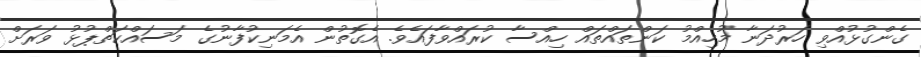
ގެންގުޅުއްވި ހަރުދަނާ މުހިއްމު ކަންތައްތައް ހިއްސާ ކުރައްވާފައެވެ. އެގޮތުން އެމަނިކުފާނުގެ މަސައްކަތްޕުޅު ވަރަށް